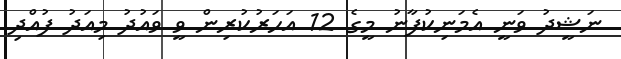
ނަޝީދު ވަނީ އެމަަނިކުފާނު މީގެ 12 އަަހަރުކުރިން ވީ ވައުދު މިއަދު ފުއްދި